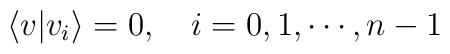
\langle v|v_i\rangle=0,\quad i=0,1,\cdots,n-1